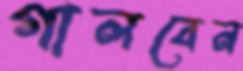
গালবেন